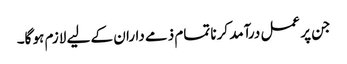
جن پر عمل درآمد کرنا تمام ذمے داران کے لیے لازم ہو گا۔